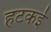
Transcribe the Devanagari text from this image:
हटकई